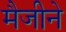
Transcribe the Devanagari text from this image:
मैजीने